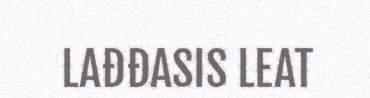
LAĐĐASIS LEAT